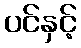
ပင်နှင့်